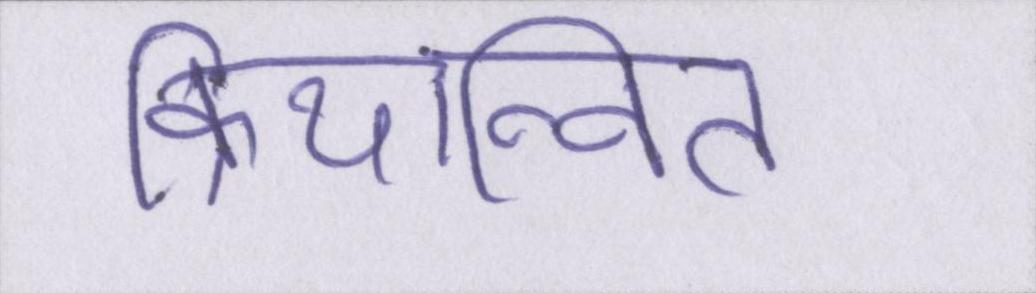
क्रियान्वित